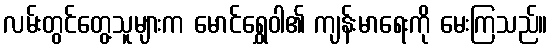
လမ်းတွင်တွေ့သူများက မောင်ရွှေဝါ၏ ကျန်းမာရေးကို မေးကြသည်။